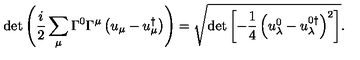
\det \left( \frac { i } { 2 } \sum _ { \mu } \Gamma ^ { 0 } \Gamma ^ { \mu } \left( u _ { \mu } - u _ { \mu } ^ { \dagger } \right) \right) = \sqrt { \det \left[ - \frac 1 4 \left( u _ { \lambda } ^ { 0 } - u _ { \lambda } ^ { 0 \dagger } \right) ^ { 2 } \right] } .